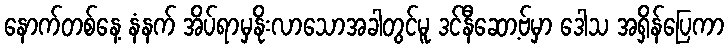
နောက်တစ်နေ့ နံနက် အိပ်ရာမှနိုးလာသောအခါတွင်မူ ဒင်နီဆော့ဗ်မှာ ဒေါသ အရှိန်ပြေကာ